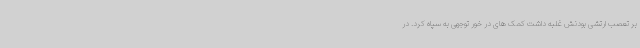
بر تعصب ارتشی بودنش غلبه داشت کمک های در خور توجهی به سپاه کرد. در